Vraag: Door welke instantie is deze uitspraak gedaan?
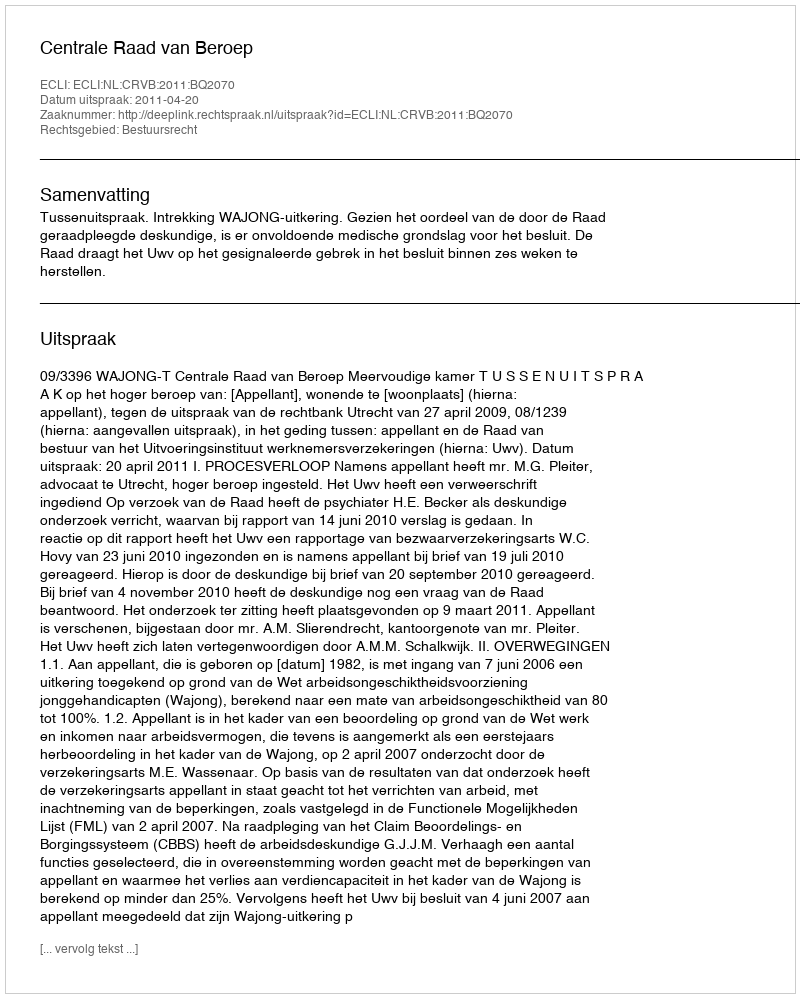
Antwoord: Centrale Raad van Beroep